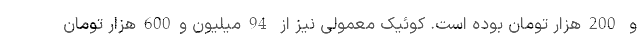
و 200هزار تومان بوده است. کوئیک معمولی نیز از 94میلیون و600هزار تومان